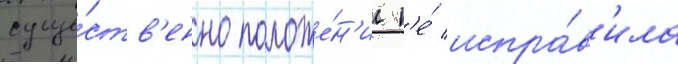
суще́ств'енно положе́н'ие н'е́ испра́в'ила